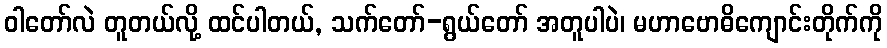
ဝါတော်လဲ တူတယ်လို့ ထင်ပါတယ်, သက်တော်-ရွယ်တော် အတူပါပဲ၊ မဟာဗောဓိကျောင်းတိုက်ကို